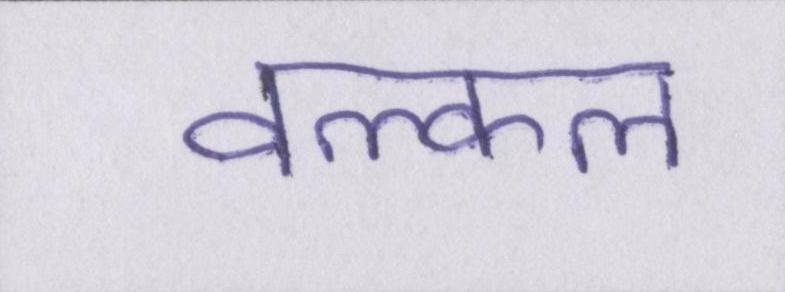
वल्कल